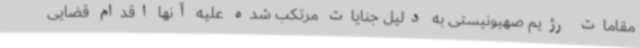
مقامات رژیم صهیونیستی به دلیل جنایات مرتکب شده علیه آنها اقدام قضایی